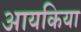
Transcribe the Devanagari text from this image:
आयकिया